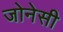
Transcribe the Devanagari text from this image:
जोनेसी